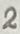
Text: 2